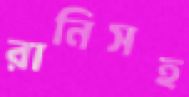
রানিসহ